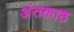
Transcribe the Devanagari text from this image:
अंतकाष्ठ